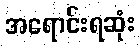
အရောင်းရဆုံး